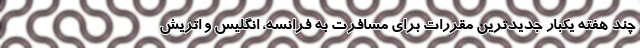
چند هفته یکبار جدیدترین مقررات برای مسافرت به فرانسه، انگلیس و اتریش